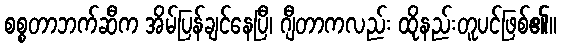
စစ္စတာဘက်ဆီက အိမ်ပြန်ချင်နေပြီ၊ ဂျီတာကလည်း ထိုနည်းတူပင်ဖြစ်၏။